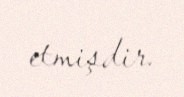
etmişdir.